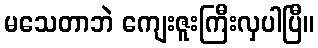
မသေတာဘဲ ကျေးဇူးကြီးလှပါပြီ။